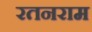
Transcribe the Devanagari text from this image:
रतनराम